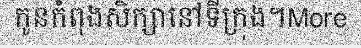
កូនកំពុងសិក្សានៅទីក្រុង។More